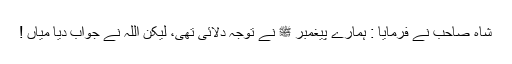
شاہ صاحب نے فرمایا : ہمارے پیغمبر ﷺ نے توجہ دلائی تھی، لیکن اللہ نے جواب دیا میاں !